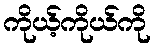
ကိုယ့်ကိုယ်ကို